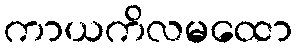
ကာယကိလမထော